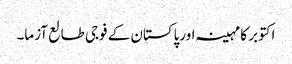
اکتوبر کا مہینہ اورپاکستان کے فوجی طالع آزما۔